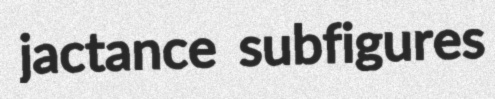
jactance subfigures